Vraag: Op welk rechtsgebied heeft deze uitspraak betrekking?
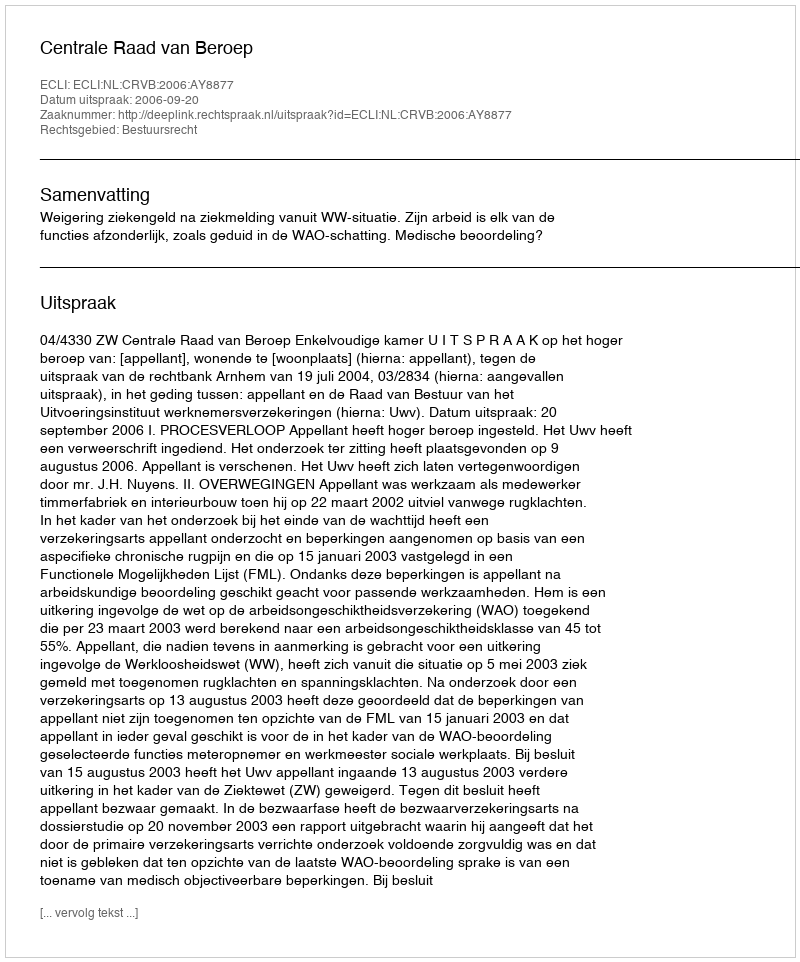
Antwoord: Bestuursrecht